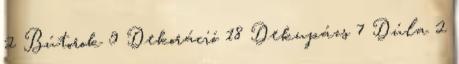
2 Bútorok 9 Dekoráció 18 Dekupázs 7 Dúla 2